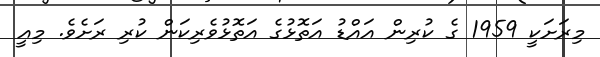
މިރަށަކީ 1959 ގެ ކުރިން އައްޑު އަތޮޅުގެ އަތޮޅުވެރިކަން ކުރި ރަށެވެ. މިއީ